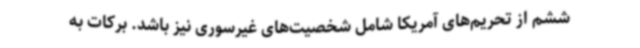
ششم از تحریم‌های آمریکا شامل شخصیت‌های غیرسوری نیز باشد. برکات به